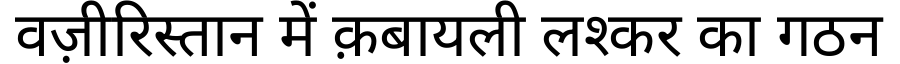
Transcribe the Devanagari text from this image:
वज़ीरिस्तान में क़बायली लश्कर का गठन